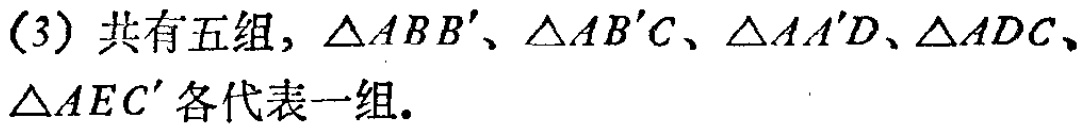
(3) 共有五组, $\triangle ABB'$、$\triangle AB'C$、$\triangle AA'D$、$\triangle ADC$、$\triangle AEC'$ 各代表一组.